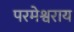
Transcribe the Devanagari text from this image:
परमेश्वराय